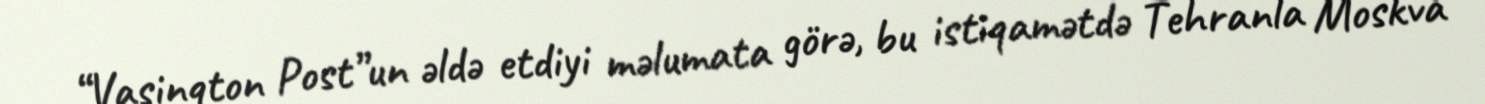
“Vaşinqton Post”un əldə etdiyi məlumata görə, bu istiqamətdə Tehranla Moskva